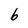
Character: b